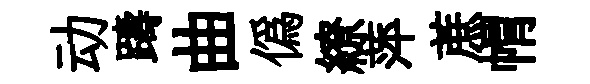
动躊曲僞繚萍蔗㡌